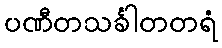
ပဏီတသင်္ခါတတရံ